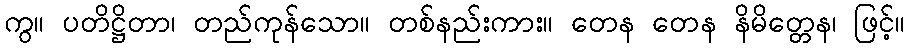
ကွ။ ပတိဋ္ဌိတာ၊ တည်ကုန်သော။ တစ်နည်းကား။ တေန တေန နိမိတ္တေန၊ ဖြင့်။